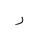
Letter: _ra